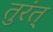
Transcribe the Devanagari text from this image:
तुरंत्